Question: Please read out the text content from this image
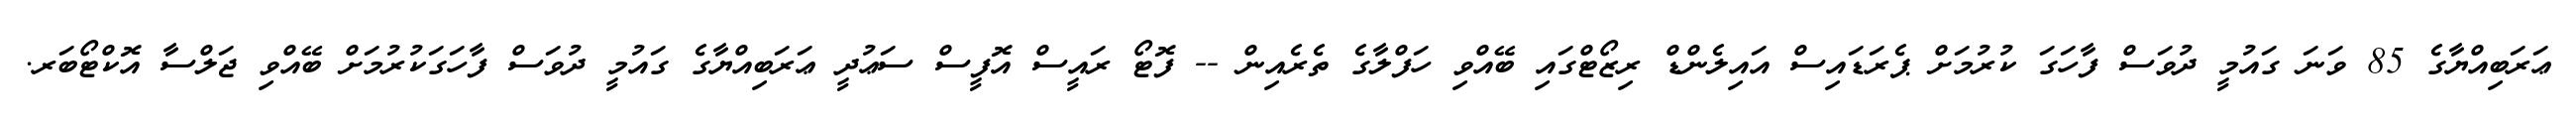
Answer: ޢަރަބިއްޔާގެ 85 ވަނަ ގައުމީ ދުވަސް ފާހަގަ ކުރުމަށް ޕެރަޑައިސް އައިލެންޑް ރިޒޯޓްގައި ބޭއްވި ހަފްލާގެ ތެރެއިން -- ފޮޓޯ ރައީސް އޮފީސް ސަޢުދީ ޢަރަބިއްޔާގެ ގައުމީ ދުވަސް ފާހަގަކުރުމަށް ބޭއްވި ޖަލްސާ އޮކްޓޯބަރ.